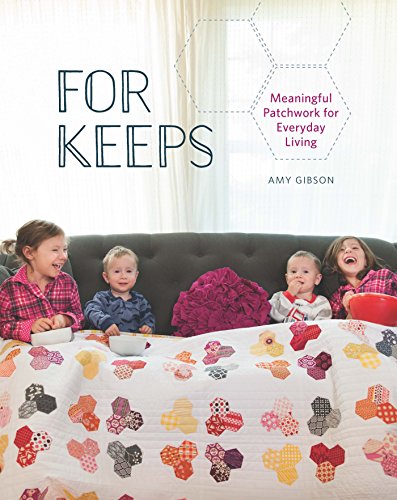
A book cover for For Keeps: Meaningful Patchwork for Everyday Living; Amy Gibson; Crafts, Hobbies & Home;